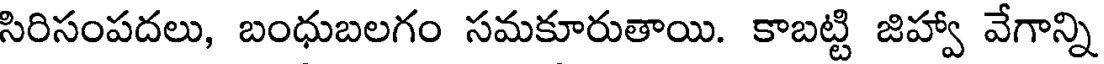
సిరిసంపదలు, బంధుబలగం సమకూరుతాయి. కాబట్టి జిహ్వా వేగాన్ని